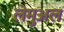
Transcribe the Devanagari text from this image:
लेमुअल